Scottish Leaving Certificate Examination, 1954
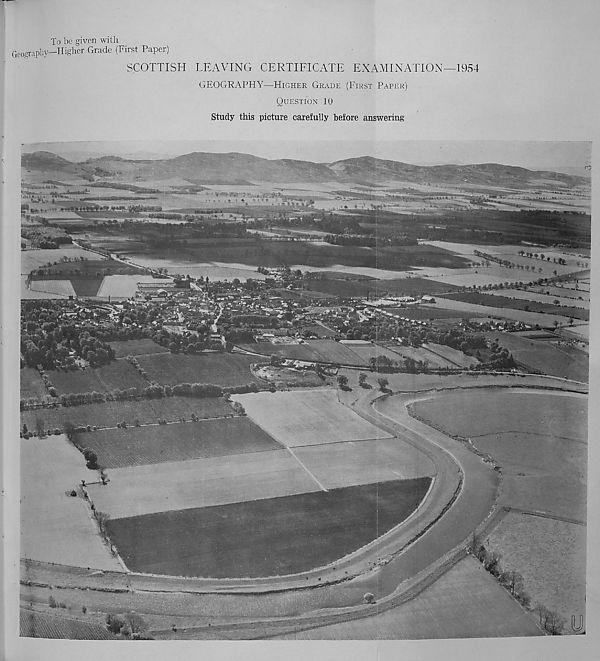
To be given with
Geography—Higher Grade (First Paper)
SCOTTISH LEAVING CERTIFICATE EXAMINATION—1954
GEOGRAPHY—HIGHER GRADE (FIRST PAPER)
QUESTION 10
Study this picture carefully before answering'
-t**-
"" ^
mm
■
UiMWkk
-
■
✓
jStfSiF
•
■/.
-v' '
1 -
^
■
;■ A x :: i
•
-
"^UkR-'
r. .TLT-. -1/:A.>. :Mi!
-
.
iiv:
♦ %
an:
C--
, : F : m*